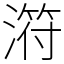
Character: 𣻜